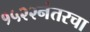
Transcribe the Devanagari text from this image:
१५२२नंतरचा